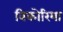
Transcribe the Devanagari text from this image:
विकोरिया